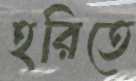
হরিতে